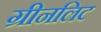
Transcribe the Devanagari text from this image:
ग्रीनलिट